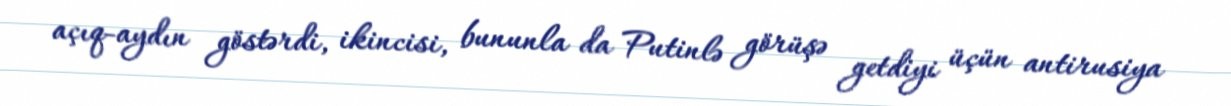
açıq-aydın göstərdi, ikincisi, bununla da Putinlə görüşə getdiyi üçün antirusiya